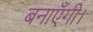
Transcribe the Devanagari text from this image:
बनाएँगी।